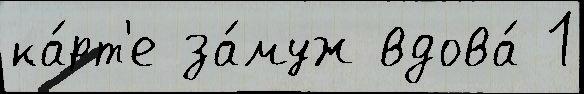
ка́рт'е за́муж вдова́ 1